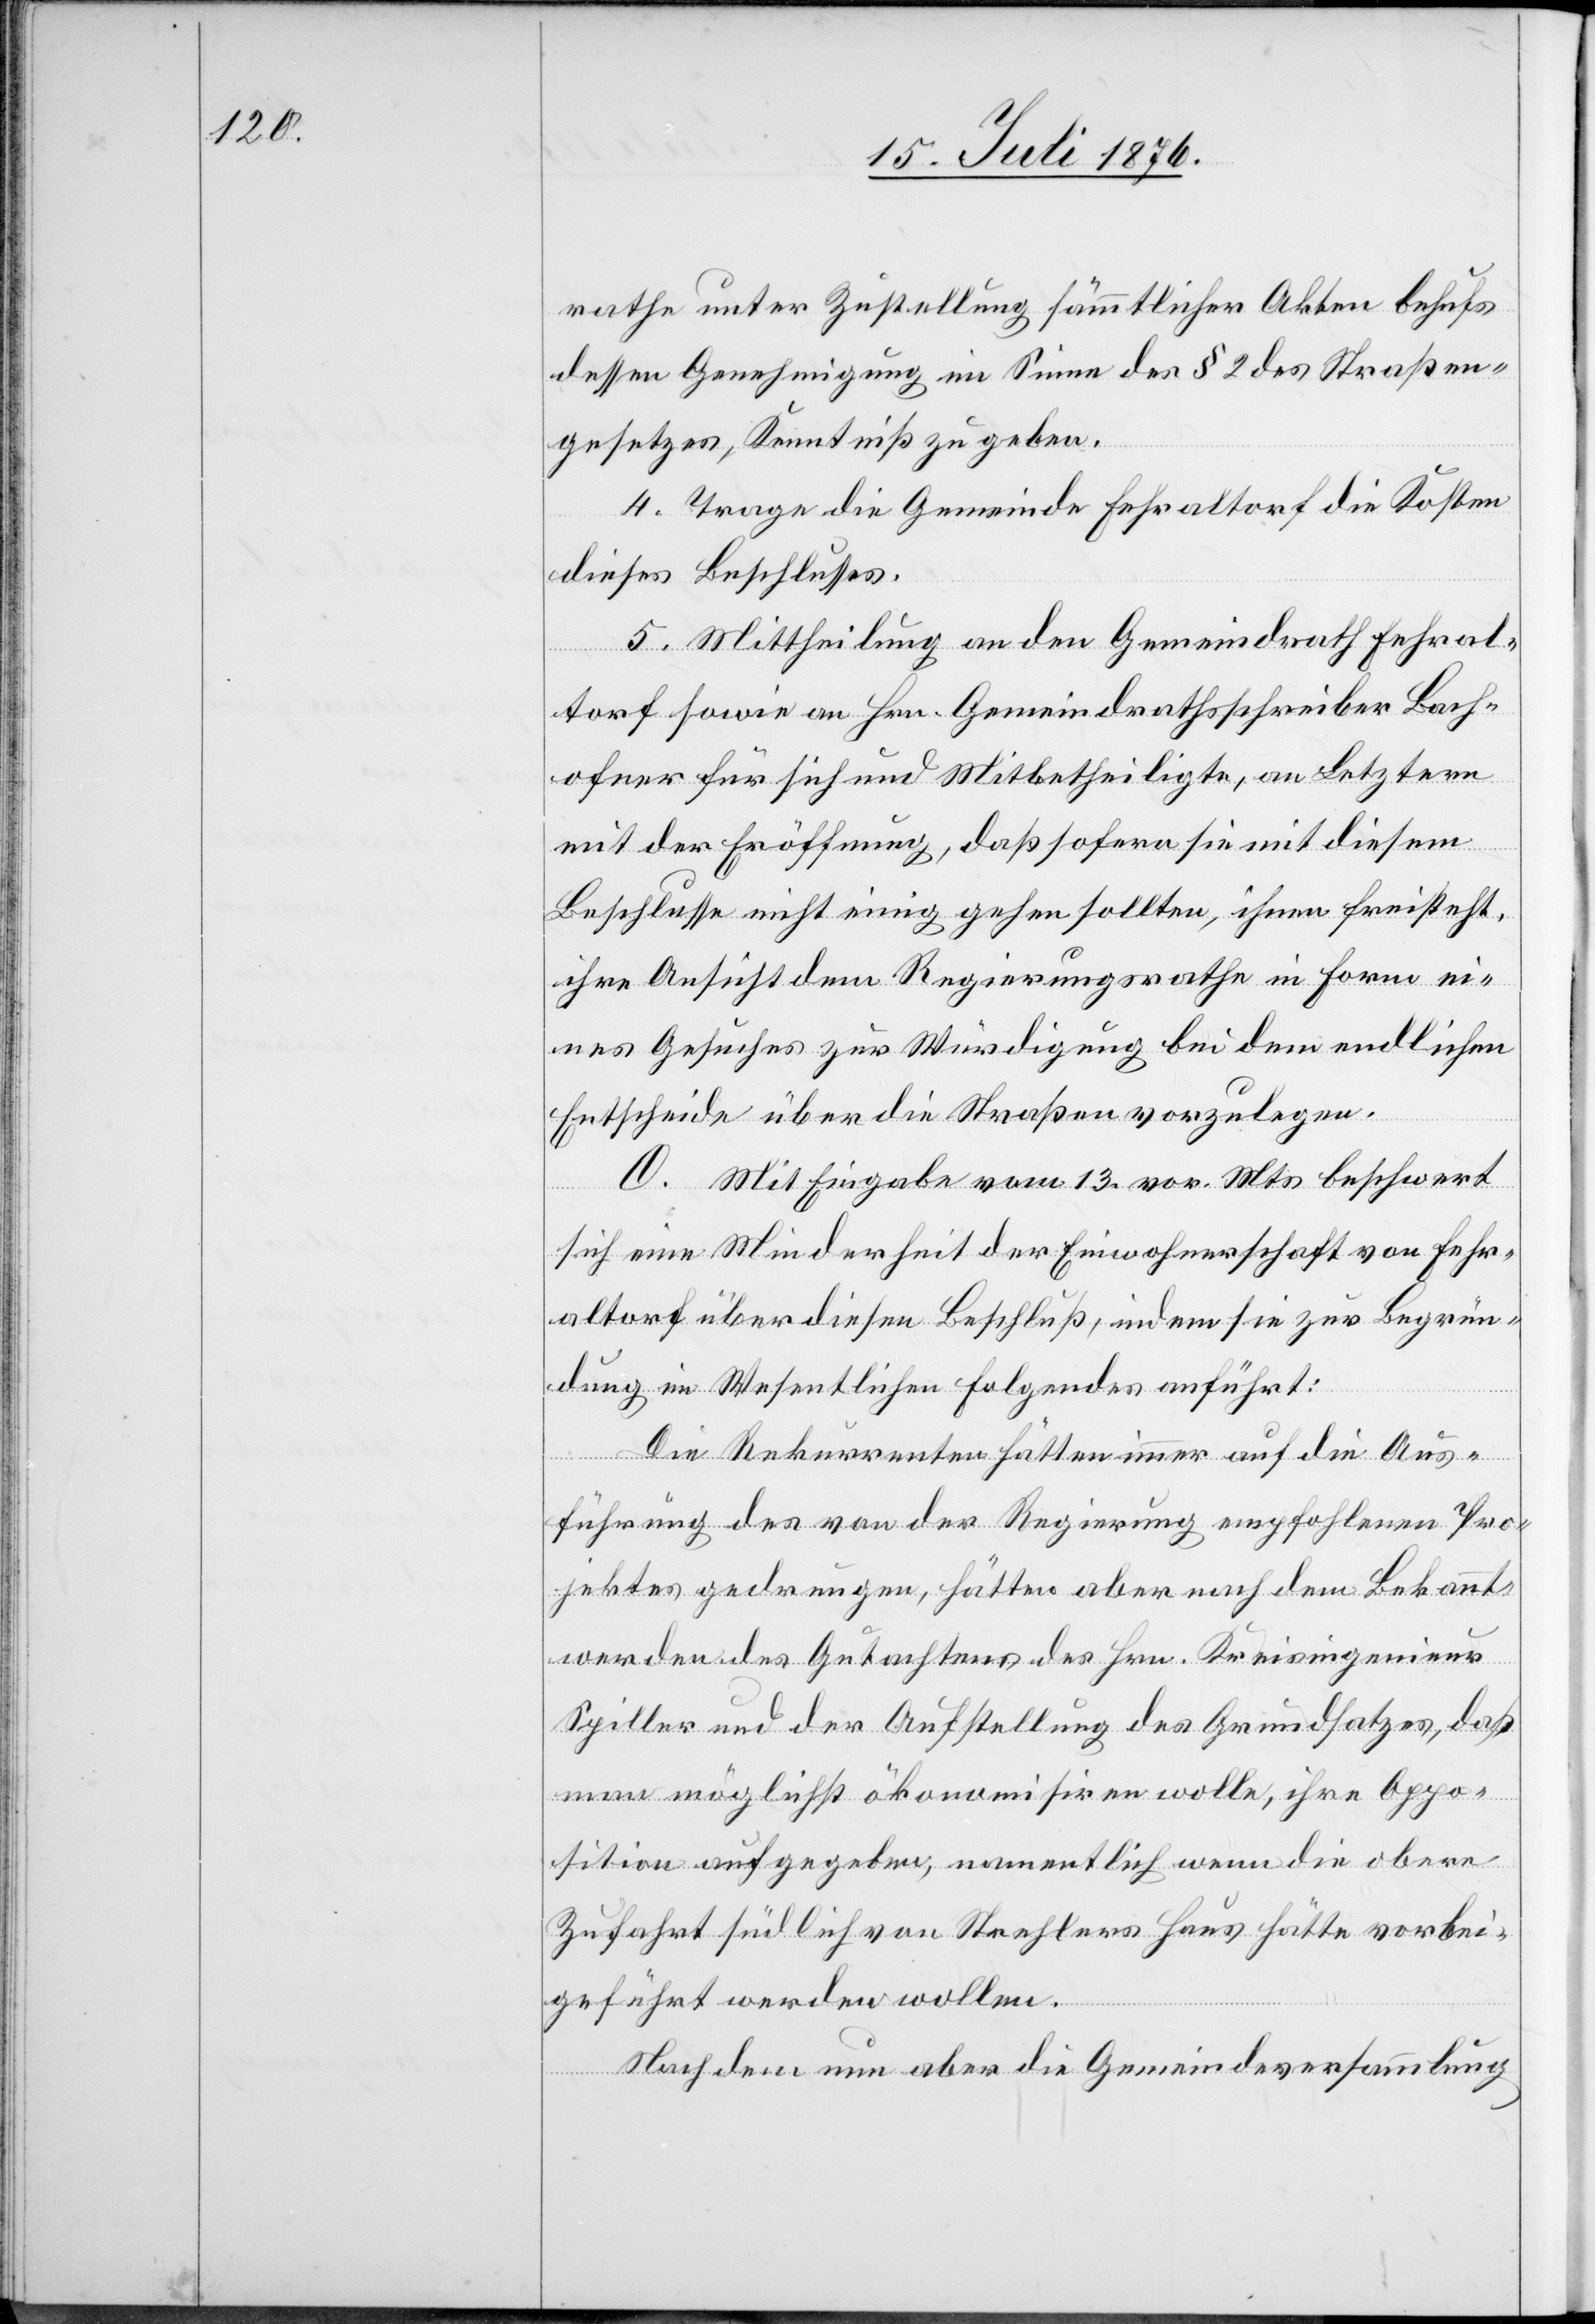
rathe unter Zustellung sämmtlicher Akten behufs
dessen Genehmigung im Sinne des § 2 des Straßen¬
gesetzes, Kenntniß zu geben.
4. Trage die Gemeinde Fehraltorf die Kosten
dieses Beschlusses.
5. Mittheilung an den Gemeindrath Fehral¬
torf sowie an Hrn. Gemeindrathsschreiber Bach¬
ofner für sich und Mitbetheiligte, an Letztere
mit der Eröffnung, daß sofern sie mit diesem
Beschlusse nicht einig gehen sollten, ihnen freisteht,
ihre Aussicht dem Regierungsrathe in Form ei¬
nes Gesuches zur Würdigung bei dem endlichen
Entscheide über die Straßen vorzulegen.
O. Mit Eingabe vom 13. vor. Mts. beschwert
sich eine Minderheit der Einwohnerschaft von Fehr¬
altorf über diesen Beschluß, indem sie zur Begrün¬
dung im Wesentlichen folgendes anführt:
Die Rekurrenten hätten immer auf die Aus¬
führung des von der Regierung empfohlenen Pro¬
jektes gedrungen, hätten aber nach dem Bekannt¬
werden des Gutachtens des Hrn. Kreisingenieur
Spiller und der Aufstellung des Grundsatzes, daß
man möglichst ökonomisiren wolle, ihre Appo¬
sition aufgegeben, namentlich wenn die obere
Zufahrt südlich von Strahlers Haus hätte vorbei¬
geführt werden wollen.
Nach dem nun aber die Gemeindeversammlung